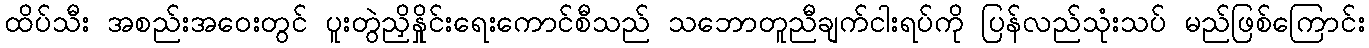
ထိပ်သီး အစည်းအဝေးတွင် ပူးတွဲညှိနှိုင်းရေးကောင်စီသည် သဘောတူညီချက်ငါးရပ်ကို ပြန်လည်သုံးသပ် မည်ဖြစ်ကြောင်း